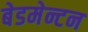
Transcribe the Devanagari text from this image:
बेडमेन्टन